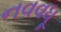
નવવધૂ